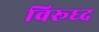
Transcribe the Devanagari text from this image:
विरूध्‍द